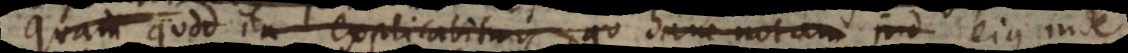
quam quod ita explicabitur, qu hanc notam ind ejus inde